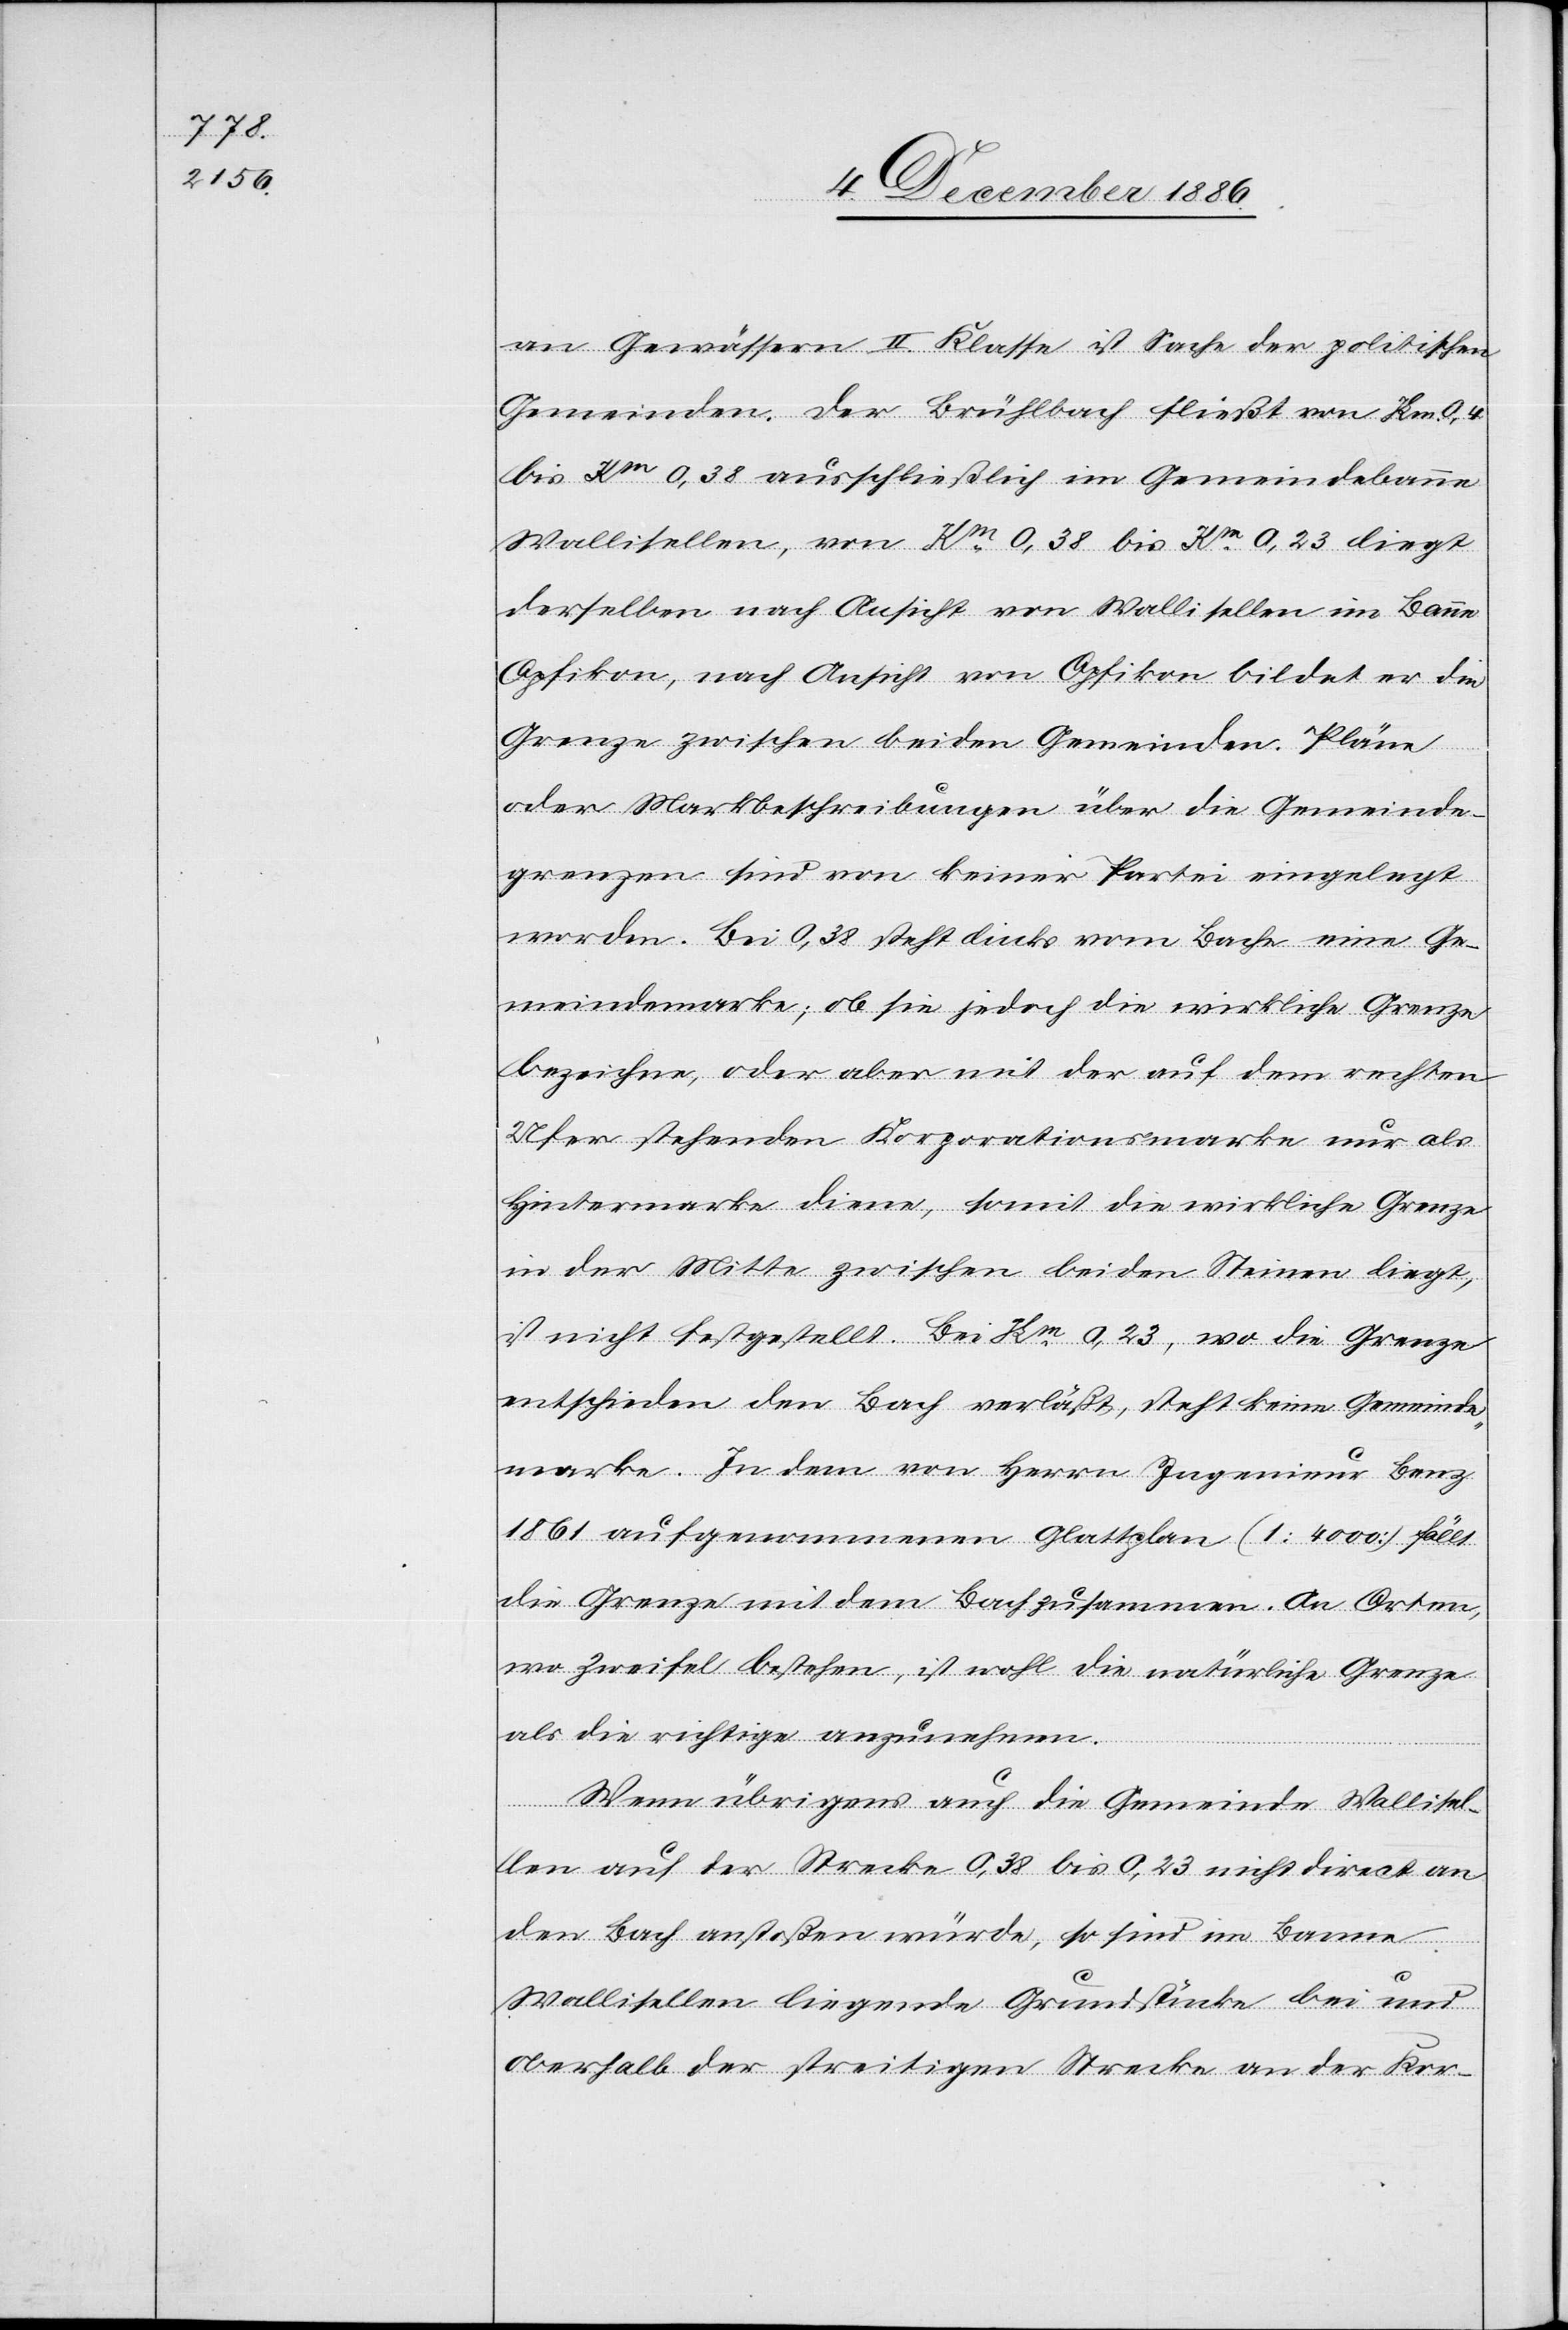
an Gewässern II. Klasse ist Sache der politischen
Gemeinden. Der Brühlbach fließt von Km 0,4
bis Km 0,38 ausschließlich im Gemeindebanne
Wallisellen, von Km 0,38 bis Km 0,23 liegt
derselben [sic!] nach Ansicht von Wallisellen im Banne
Opfikon, nach Ansicht von Opfikon bildet er die
Grenze zwischen beiden Gemeinden. Pläne
oder Markbeschreibungen über die Gemeinde¬
grenzen sind von keiner Partei eingelegt
worden. Bei 0,38 steht links vom Bache eine Ge¬
meindemarke; ob sie jedoch die wirkliche Grenze
bezeichne, oder aber mit der auf dem rechten
Ufer stehenden Korporationsmarke nur als
Hintermarke diene, somit die wirkliche Grenze
in der Mitte zwischen beiden Steinen liegt,
ist nicht festgestellt. Bei Km 0,23, wo die Grenze
entschieden den Bach verläßt, steht keine Gemeinde¬
marke. In dem von Herrn Ingenieur Benz
1861 aufgenommenen Glattplan (1 : 4000) fällt
die Grenze mit dem Bach zusammen. An Orten,
wo Zweifel bestehen, ist wohl die natürliche Grenze
als die richtige anzunehmen.
Wenn übrigens auch die Gemeinde Wallise¬
llen auf der Strecke 0,38 bis 0,23 nicht direct an
den Bach anstoßen würde, so sind im Banne
Wallisellen liegende Grundstücke bei und
oberhalb der streitigen Strecke an der Kor-